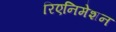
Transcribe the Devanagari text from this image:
रिएनिमेशन